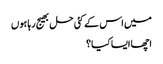
میں اس کے کئی حل بھیج رہا ہوں
اچھا ایسا کیا؟